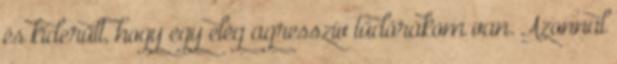
és kiderült, hogy egy elég agresszív tüdőrákom van. Azonnal